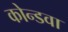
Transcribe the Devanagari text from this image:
कोन्डवा